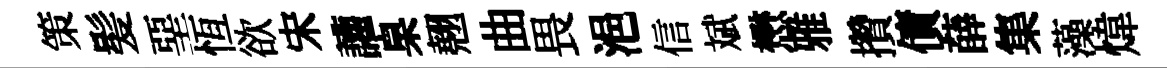
策髪堊恆欲宋讙臬翹曲畏浥信斌懋雅攢債薛集藻煒